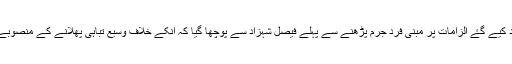
جج نے امریکی حکومت کے طرف سے عائد کیے گۓ الزامات پر مبنی فرد جرم پڑھنے سے پہلے فیصل شہزاد سے پوچھا گیا کہ انکے خلاف وسیع تباہی پھلانے کے منصوبے کا الزا م ہے کیا وہ یہ الزام قبول کرتے ہیں؟